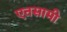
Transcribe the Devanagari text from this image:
एतसामी